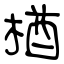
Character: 楢